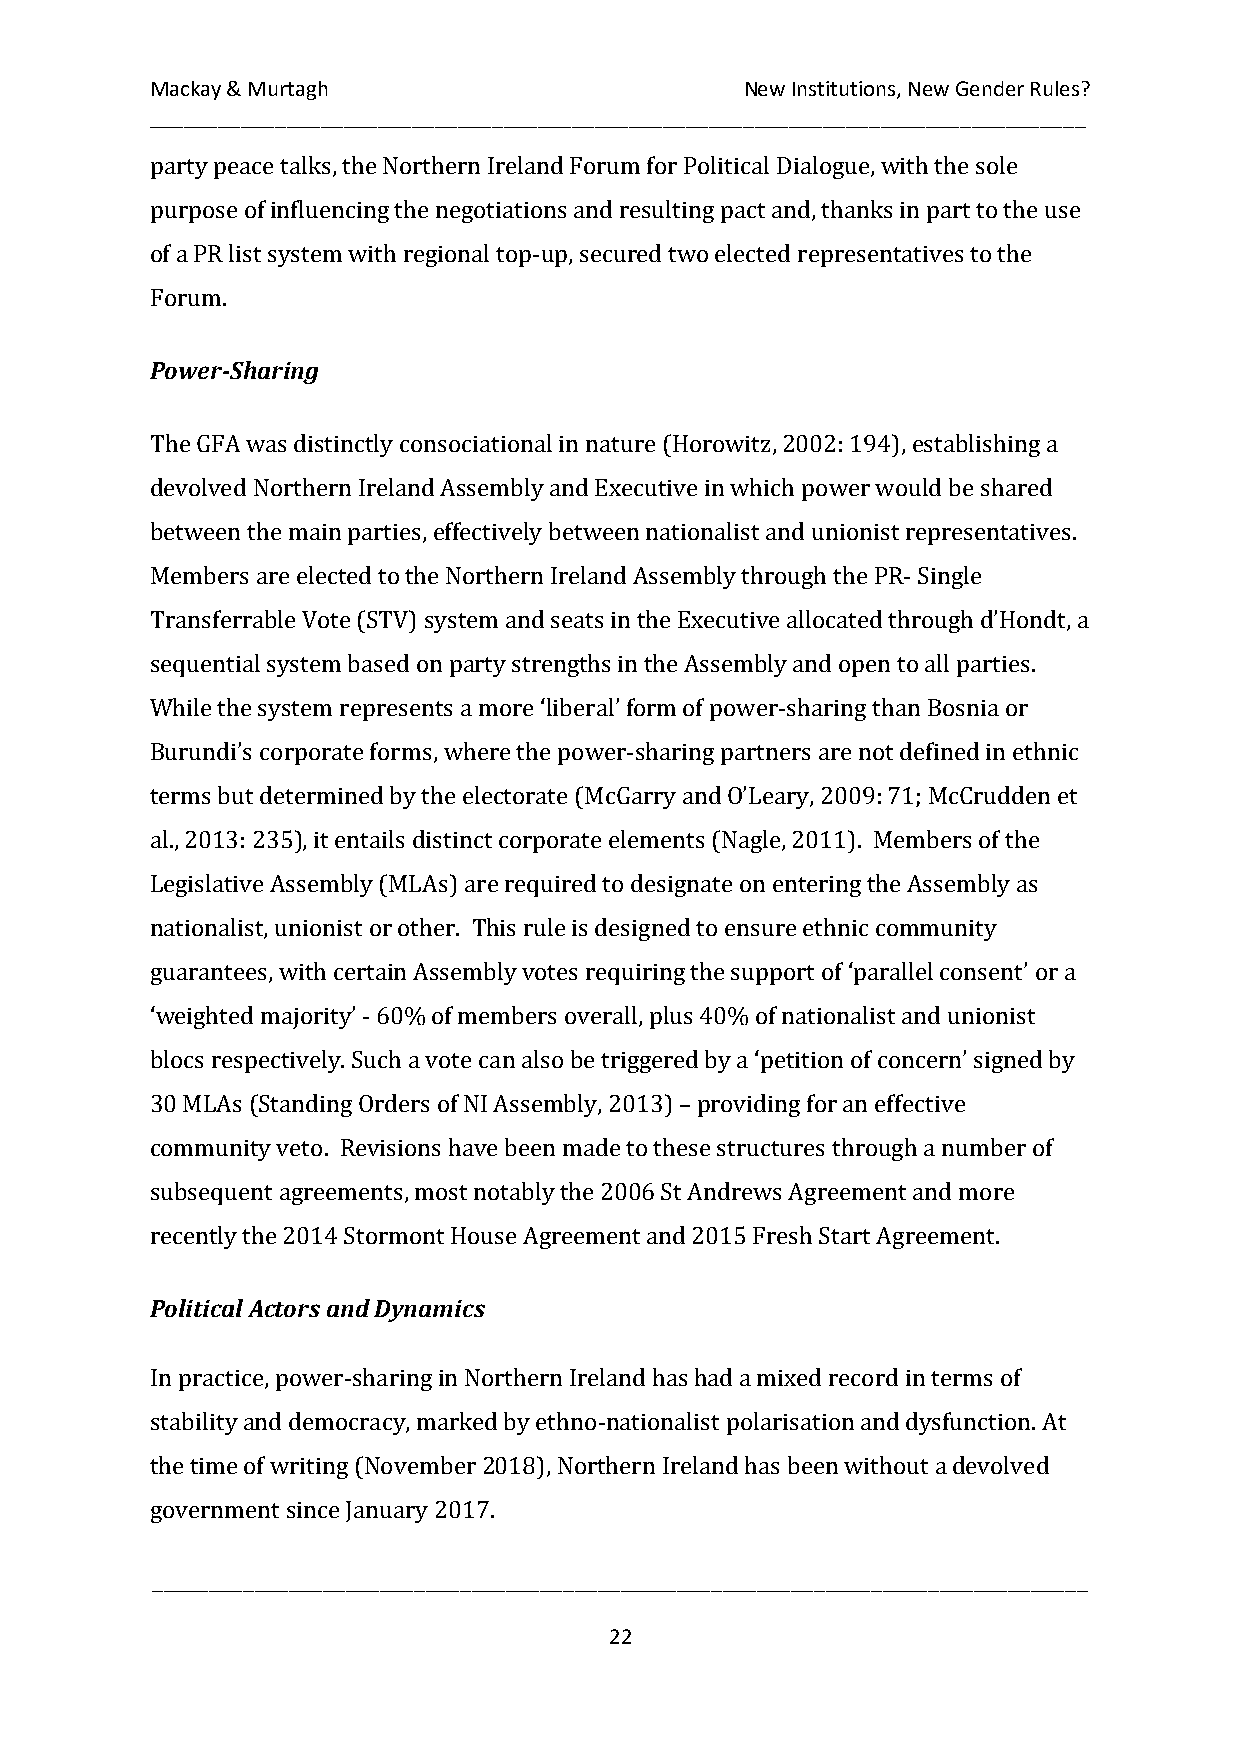
Mackay & Murtagh                       New Institutions, New Gender Rules?
 __________________________________________________________________________________
 party peace talks, the Northern Ireland Forum for Political Dialogue, with the sole
 purpose of influencing the negotiations and resulting pact and, thanks in part to the use
 of a PR list system with regional top-up, secured two elected representatives to the
 Forum.
 Power-Sharing
 The GFA was distinctly consociational in nature (Horowitz, 2002: 194), establishing a
 devolved Northern Ireland Assembly and Executive in which power would be shared
 between the main parties, effectively between nationalist and unionist representatives.
 Members are elected to the Northern Ireland Assembly through the PR- Single
 Transferrable Vote (STV) system and seats in the Executive allocated through d’Hondt, a
 sequential system based on party strengths in the Assembly and open to all parties.
 While the system represents a more ‘liberal’ form of power-sharing than Bosnia or
 Burundi’s corporate forms, where the power-sharing partners are not defined in ethnic
 terms but determined by the electorate (McGarry and O’Leary, 2009: 71; McCrudden et
 al., 2013: 235), it entails distinct corporate elements (Nagle, 2011). Members of the
 Legislative Assembly (MLAs) are required to designate on entering the Assembly as
 nationalist, unionist or other. This rule is designed to ensure ethnic community
 guarantees, with certain Assembly votes requiring the support of ‘parallel consent’ or a
 ‘weighted majority’ - 60% of members overall, plus 40% of nationalist and unionist
 blocs respectively. Such a vote can also be triggered by a ‘petition of concern’ signed by
 30 MLAs (Standing Orders of NI Assembly, 2013) – providing for an effective
 community veto. Revisions have been made to these structures through a number of
 subsequent agreements, most notably the 2006 St Andrews Agreement and more
 recently the 2014 Stormont House Agreement and 2015 Fresh Start Agreement.
 Political Actors and Dynamics
 In practice, power-sharing in Northern Ireland has had a mixed record in terms of
 stability and democracy, marked by ethno-nationalist polarisation and dysfunction. At
 the time of writing (November 2018), Northern Ireland has been without a devolved
 government since January 2017.
 __________________________________________________________________________________
 22